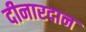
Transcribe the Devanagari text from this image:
दीनारदान